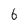
Character: 6